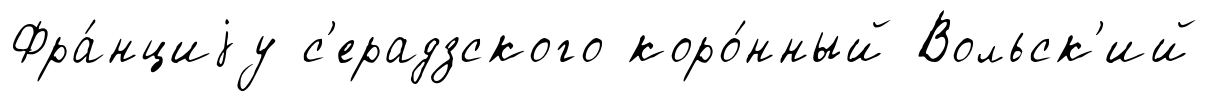
Фра́нциjу с'ерадзского коро́нный Вольск'ий